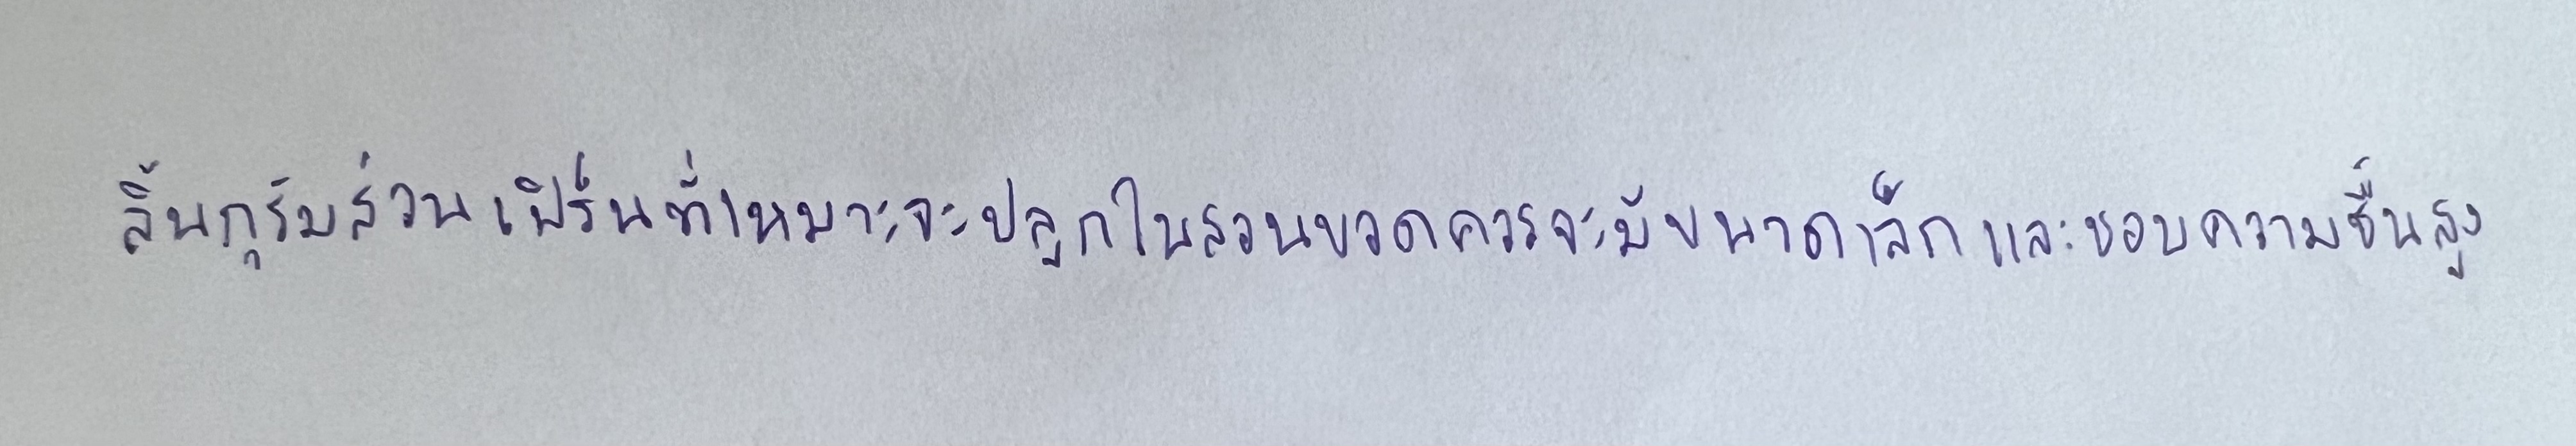
ลิ้นกุรัมส่วนเฟิร์นที่เหมาะจะปลูกในสวนขวดควรจะมีขนาดเล็กและชอบความชื้นสูง